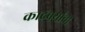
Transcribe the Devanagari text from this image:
कादंबर्यांची